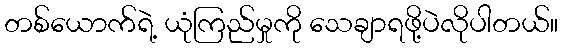
တစ်ယောက်ရဲ့ ယုံကြည်မှုကို သေချာရဖို့ပဲလိုပါတယ်။